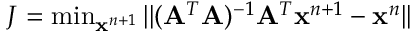
\begin{array} { r } { J = \operatorname* { m i n } _ { \mathbf { x } ^ { n + 1 } } | | ( \mathbf { A } ^ { T } \mathbf { A } ) ^ { - 1 } \mathbf { A } ^ { T } \mathbf { x } ^ { n + 1 } - \mathbf { x } ^ { n } | | } \end{array}